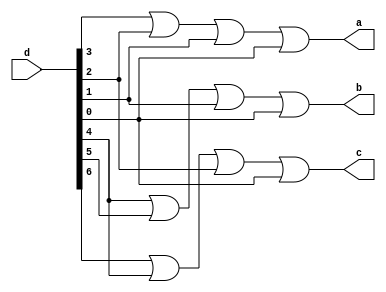
module encoder_verilog (d, a, b, c);

input [0:7] d;

output a;

output b;

output c;

or(a,d[4],d[5],d[6],d[7]);

or(b,d[3],d[2],d[6],d[7]);

or(c,d[1],d[3],d[5],d[7]);

endmodule